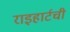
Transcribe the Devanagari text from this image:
राइहार्टची